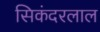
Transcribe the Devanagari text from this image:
सिकंदरलाल